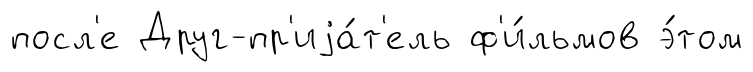
посл'е Друг-пр'иjа́т'ель ф'и́льмов э́том